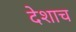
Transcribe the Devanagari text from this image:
देशाच